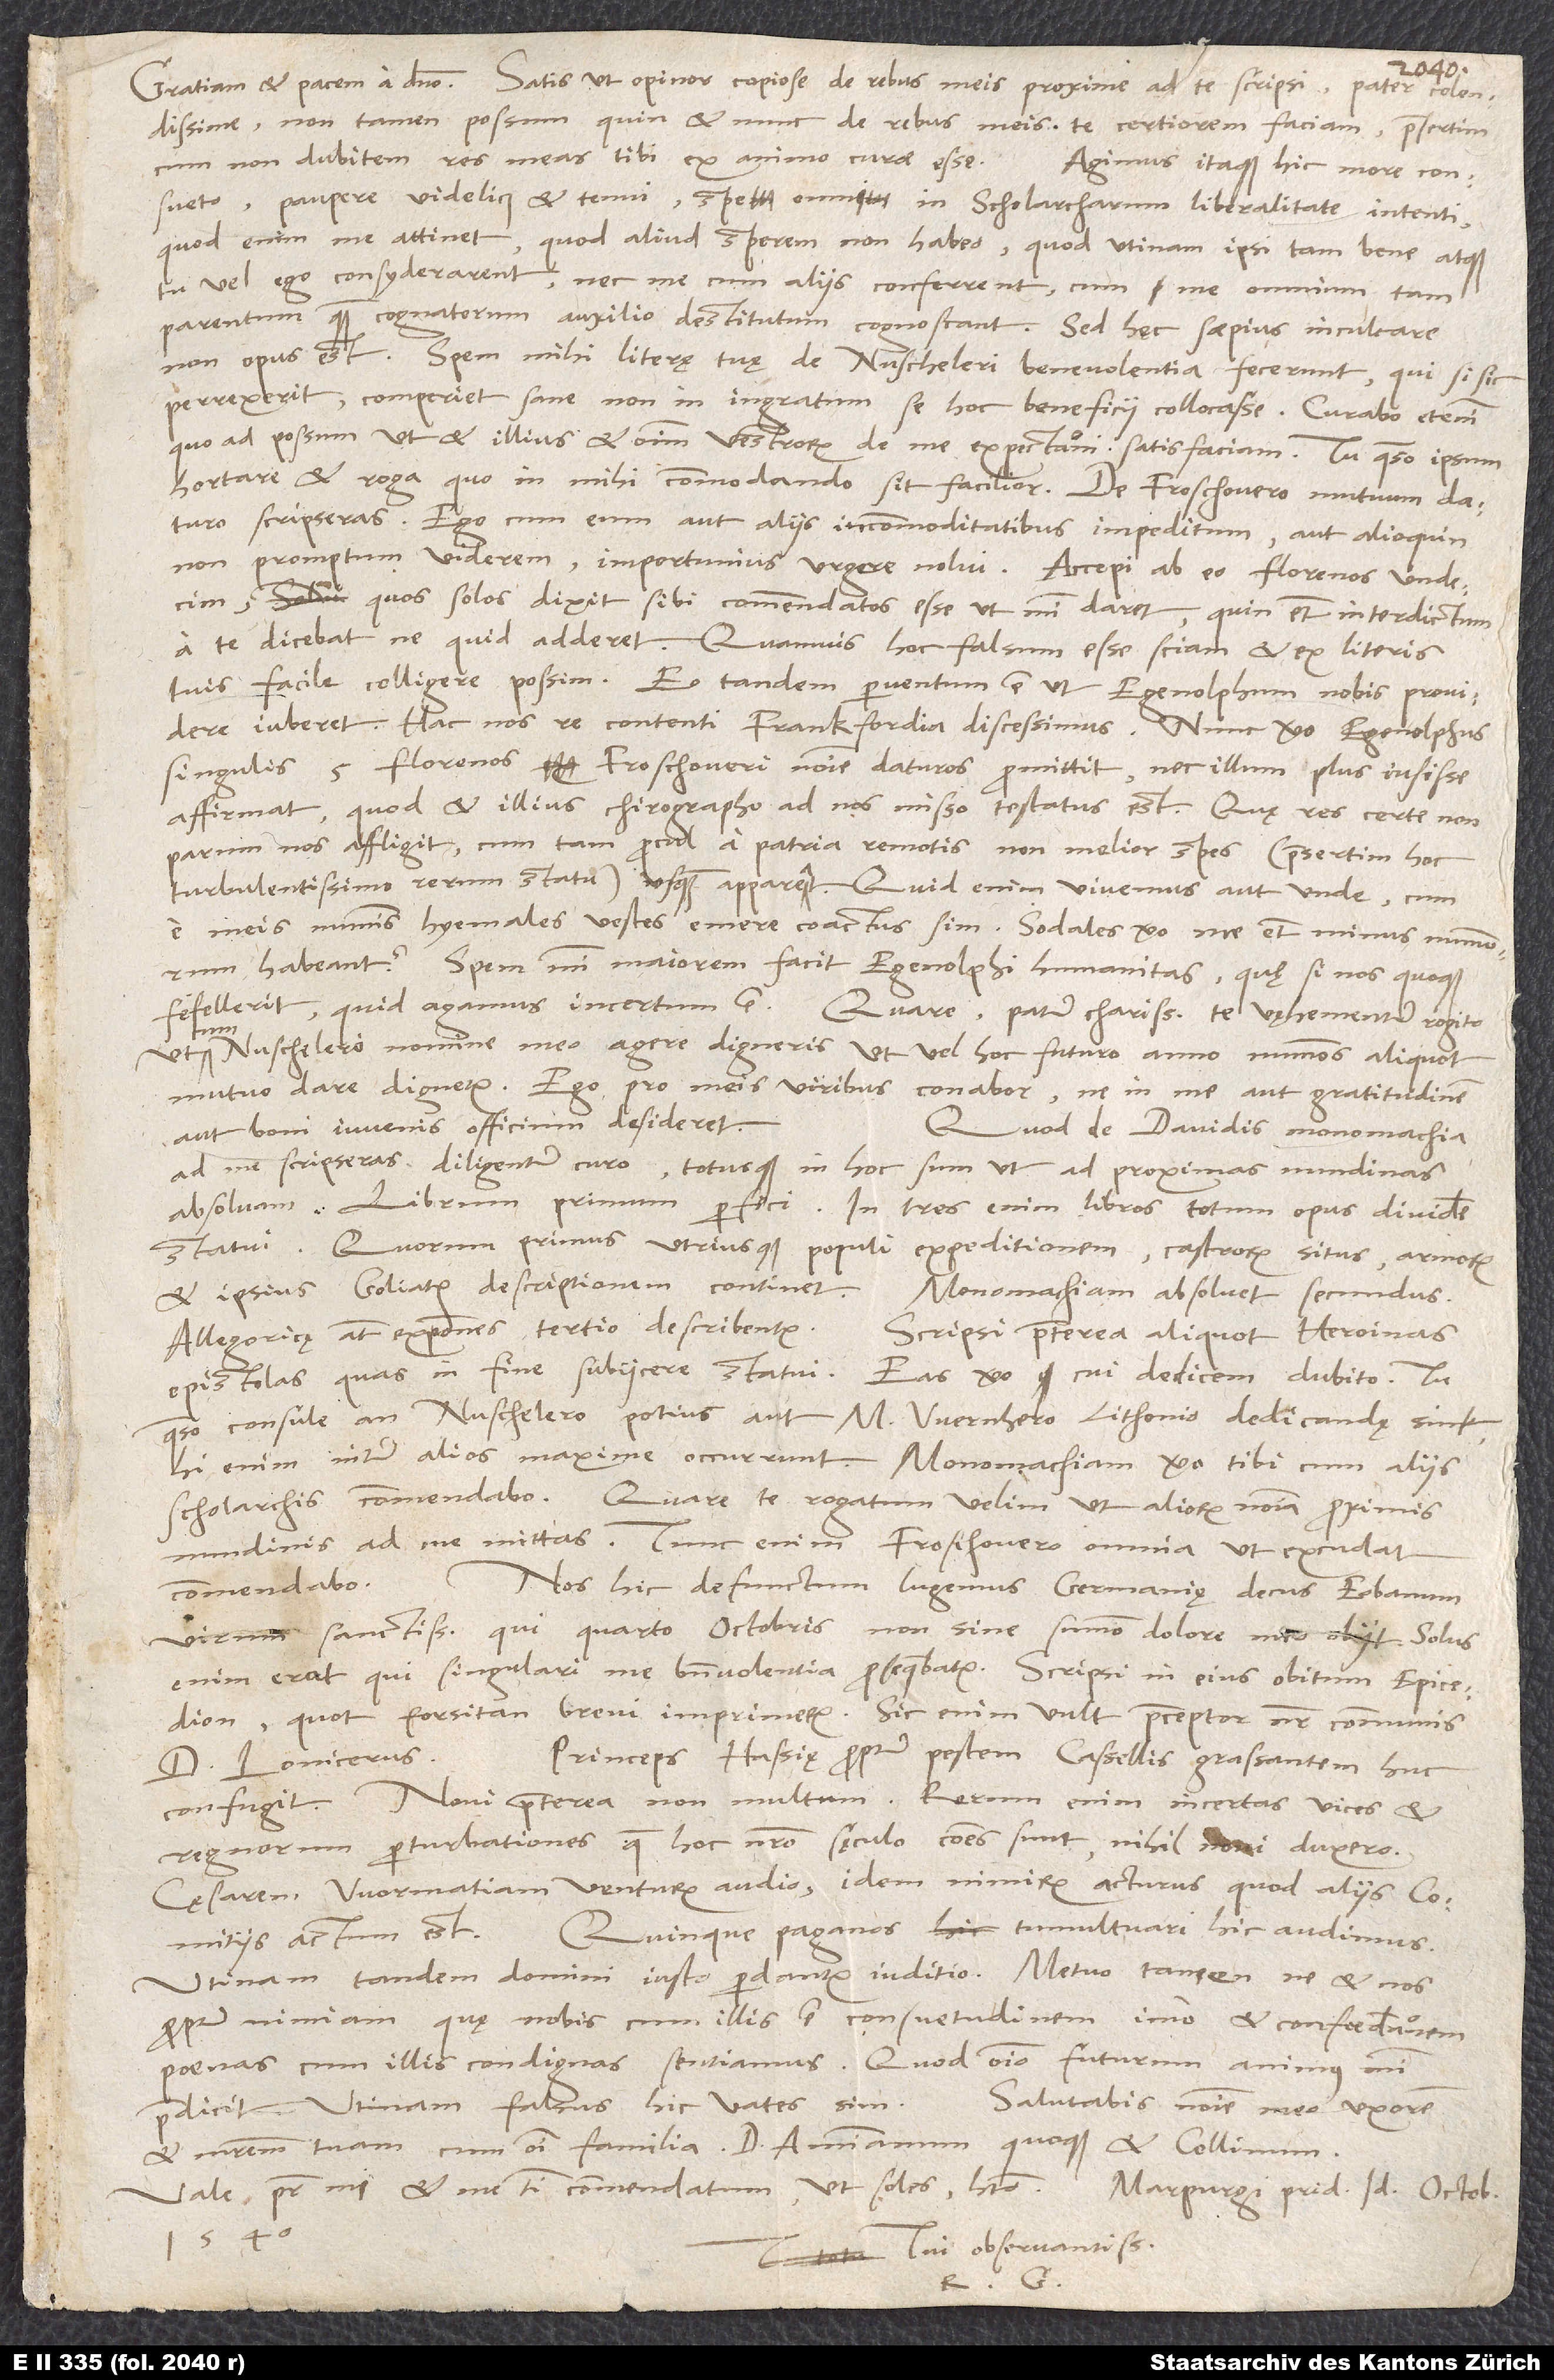
colendissime; non tamen possum, quin et nunc de rebus meis te certiorem faciam, praesertim
cum non dubitem res meas tibi ex animo curae esse.
Agimus itaque hic more consueto,
paupere videlicet et tenui, spe omni in scholarcharum liberalitate intenti;
quod enim me attinet, quod aliud sperem, non habeo. Quod utinam ipsi tam bene atque
tu vel ego consyderarent nec me cum aliis conferrent, cum me omnium tam
parentum quam cognatorum auxilio destitutum cognoscant. Sed hęc saepius inculcare
Spem mihi literę tuę de Nuscheleri benevolentia fecerunt, qui si sic
perrexerit, comperiet sane non in ingratum se hoc beneficii collocasse. Curabo etenim,
quoad possum, ut et illius et omnium vestrorum de me expectationi satisfaciam. Tu, quaeso, ipsum
hortare et roga, quo in mihi commodando sit facilior. De Froschouero mutuum daturo
scripseras. Ego cum eum aut aliis incommoditatibus impeditum aut alioquin
non promptum viderem, importunius urgere nolui. Accepi ab eo florenos undecim,
quos solos dixit sibi commendatos esse, ut mihi daret, quin etiam interdictum
a te dicebat, ne quid adderet, quamvis hoc falsum esse sciam et ex literis
tuis facile colligere possim. Eo tandem perventum est, ut Egenolphum nobis providere
Hac nos re contenti Frankfordia discessimus. Nunc vero Egenolphus
singulis 5 florenos Froschoueri nomine daturos promittit nec illum plus iussisse
affirmat, quod et illius chirographo ad nos misso testatus est. Quę res certe non
parum nos affligit, cum tam procul a patria remotis non melior spes (praesertim hoc
turbulentissimo rerum statu) usquam appareat. Quid enim vivemus aut unde, cum
e meis nummis hyemales vestes emere coactus sim, sodales vero me etiam minus nummorum
habeant? Spem mihi maiorem facit Egenolphi humanitas; quę si nos quoque
fefellerit, quid agamus, incertum est. Quare, pater charissime, te vęhementer rogito,
ut cum Nuschelero nomine meo agere digneris, ut vel hoc futuro anno nummos aliquot
mutuo dare dignetur. Ego pro meis viribus conabor, ne in me aut gratitudinem
aut boni iuvenis officium desideret.
Quod de Davidis monomachia
ad me scripseras, diligenter curo totusque in hoc sum, ut ad proximas nundinas
absolvam. Librum primum perfeci. In tres enim libros totum opus dividere
statui. Quorum primus utriusque populi expeditionem, castrorum situs, armorum
et ipsius Goliath descriptionem continet. Monomachiam absolvet secundus.
Allegoricę autem expositiones tertio describentur. Scripsi praeterea aliquot heroinas
epistolas, quas in fine subiicere statui. Eas vero cui dedicem, dubito. Tu,
quaeso, consule, an Nuschelero potius aut M. Wernhero Lithonio dedicandę sint;
hi enim inter alios maxime occurrunt. Monomachiam vero tibi cum aliis
nundinis ad me mittas. Tunc enim Froschouero omnia, ut excudat,
Nos hic defunctum lugemus Germanię decus Eobanum,
virum sanctissimum, qui quarto octobris non sine summo dolore meo obiit. Solus
enim erat, qui singulari me benevolentia prosequebatur. Scripsi in eius obitum epicedion,
quod forsitan brevi imprimetur. Sic enim vult praeceptor noster communis
Princeps Hassię propter pestem Cassellis grassantem huc
d. Lonicerus.
confugit. Novi praeterea non multum. Rerum enim incertas vices et
regnorum perturbationes, quae hoc nostro sęculo communes sunt, nihil novi duxero.
Cęsarem Wormatiam venturum audio, idem nimirum acturus, quod aliis comitiis
Quinque Paganos tumultuari hic audimus.
actum est.
Utinam tandem domini iusto perdantur iuditio! Metuo tamen, ne et nos
propter nimiam, quę nobis cum illis est, consuetudinem, imo et confoederationem
poenas cum illis condignas sentiamus. Quod omnino futurum animus mihi
Salutabis nomine meo uxorem
et matrem tuam cum omni familia, d. Ammianum quoque et Collinum.
Vale, pater mi, et me tibi commendatum, ut soles, habeto.
Marpurgi, pridie idus octobris
1540.
Tui observantissimus
R. G.